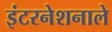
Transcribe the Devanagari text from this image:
इंटरनेशनाले